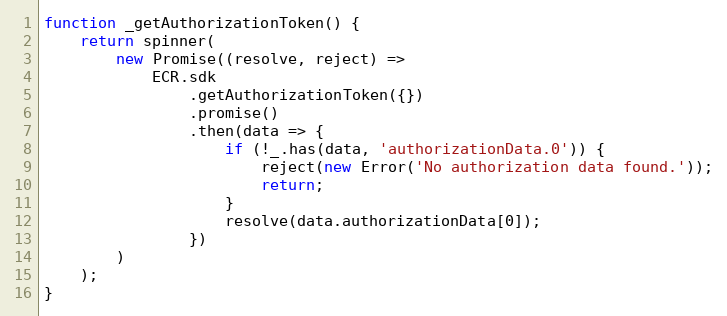
Language: JavaScript
function _getAuthorizationToken() {
    return spinner(
        new Promise((resolve, reject) =>
            ECR.sdk
                .getAuthorizationToken({})
                .promise()
                .then(data => {
                    if (!_.has(data, 'authorizationData.0')) {
                        reject(new Error('No authorization data found.'));
                        return;
                    }
                    resolve(data.authorizationData[0]);
                })
        )
    );
}